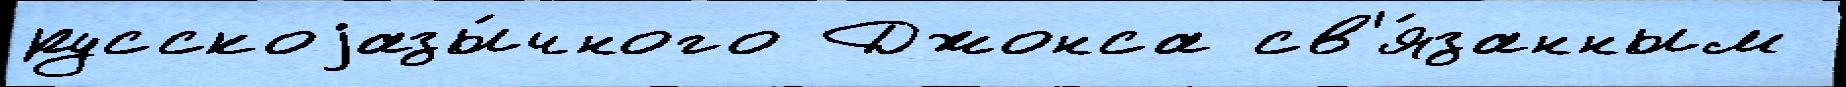
русскоjазы́чного Джонса св'я́занным